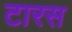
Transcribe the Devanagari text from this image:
टारस